Report on sanitation, dispensaries, and jails in Rajputana for 1916, and on vaccination for the year 1916-1917 - 1916-1917
Year: 1916
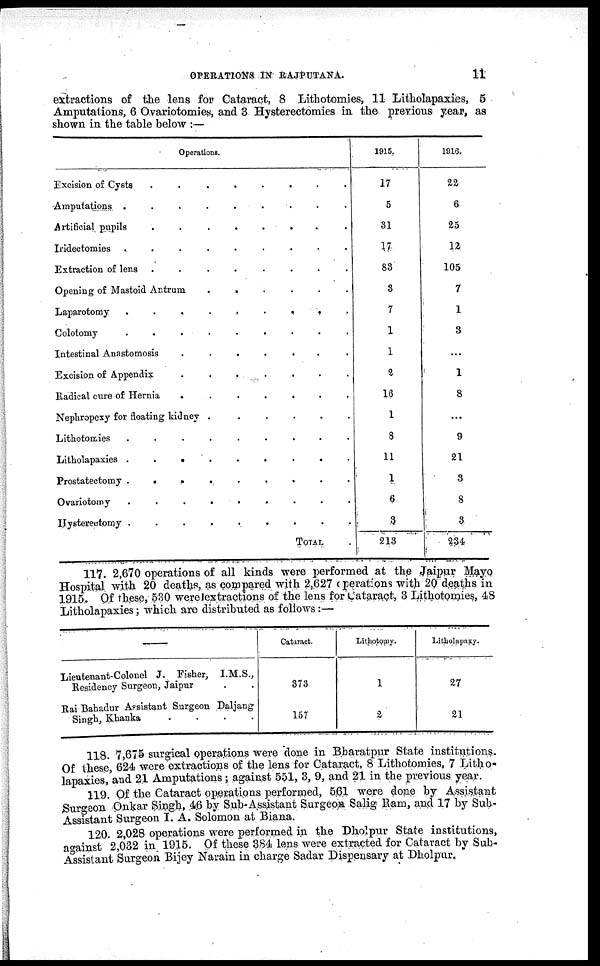
OPERATIONS IN RAJPUTANA.
11
extractions of the lens for Cataract, 8 Lithotomies, 11 Litholapaxies, 5
Amputations, 6 Ovariotomies, and 3 Hysterectomies in the previous year, as
shown in the table below :—
Operations.
Excision of Cysts . . . . . . .
Amputations . . . . . . .
Artificial pupils . . . . . . .
Iridectomies . . . . . . .
Extraction of lens . . . . . . .
Opening of Mastoid Antrum . . . . . . .
Laparotomy . . . . . . .
Colotomy . . . . . . .
Intestinal Anastomosis . . . . . . .
Excision of Appendix . . . . . . .
Radical cure of Hernia . . . . . . .
Nephropexy for floating kidney . . . . . . .
Lithotomies . . . . . . .
Litholapaxies . . . . . . .
Prostatectomy . . . . . . .
Ovariotomy . . . . . . .
Hysterectomy . . . . . . .
TOTAL .
1915.
17
5
31
17
83
3
7
1
1
2
16
1
8
11
1
6
3
213
1916.
22
6
25
12
105
7
1
3
...
1
8
...
9
21
3
8
3
234
117. 2,670 operations of all kinds were performed at the Jaipur Mayo
Hospital with 20 deaths, as compared with 2,627 operations with 20 deaths in
1915. Of these, 530 werelextractions of the lens for Cataract, 3 Lithotomies, 48
Litholapaxies; which are distributed as follows:—
—
Lieutenant-Colonel J. Fisher, I.M.S.,
Residency Surgeon, Jaipur . .
Rai Bahadur Assistant Surgeon Daljang
Singh, Khanka
.
.
.
.
Cataract.
373
157
Lithotomy.
1
2
Litholapaxy.
27
21
118. 7,675 surgical operations were done in Bharatpur State institutions.
Of these, 624 were extractions of the lens for Cataract, 8 Lithotomies, 7 Litho-
lapaxies, and 21 Amputations; against 551, 3, 9, and 21 in the previous year.
119. Of the Cataract operations performed, 561 were done by Assistant
Surgeon Onkar Singh, 46 by Sub-Assistant Surgeon Salig Ram, and 17 by Sub-
Assistant Surgeon I. A. Solomon at Biana.
120. 2,028 operations were performed in the Dholpur State institutions,
against 2,032 in 1915. Of these 384 lens were extracted for Cataract by Sub-
Assistant Surgeon Bijey Narain in charge Sadar Dispensary at Dholpur.